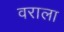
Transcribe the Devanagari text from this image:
वराला